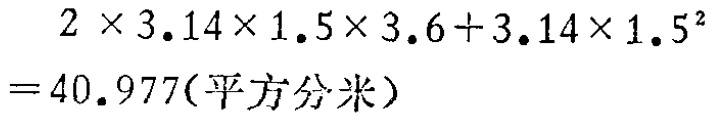
\[

\begin{align*}

&2\times3.14\times1.5\times3.6 + 3.14\times1.5^{2}\\

=&40.977(\text{平方分米})

\end{align*}

\]